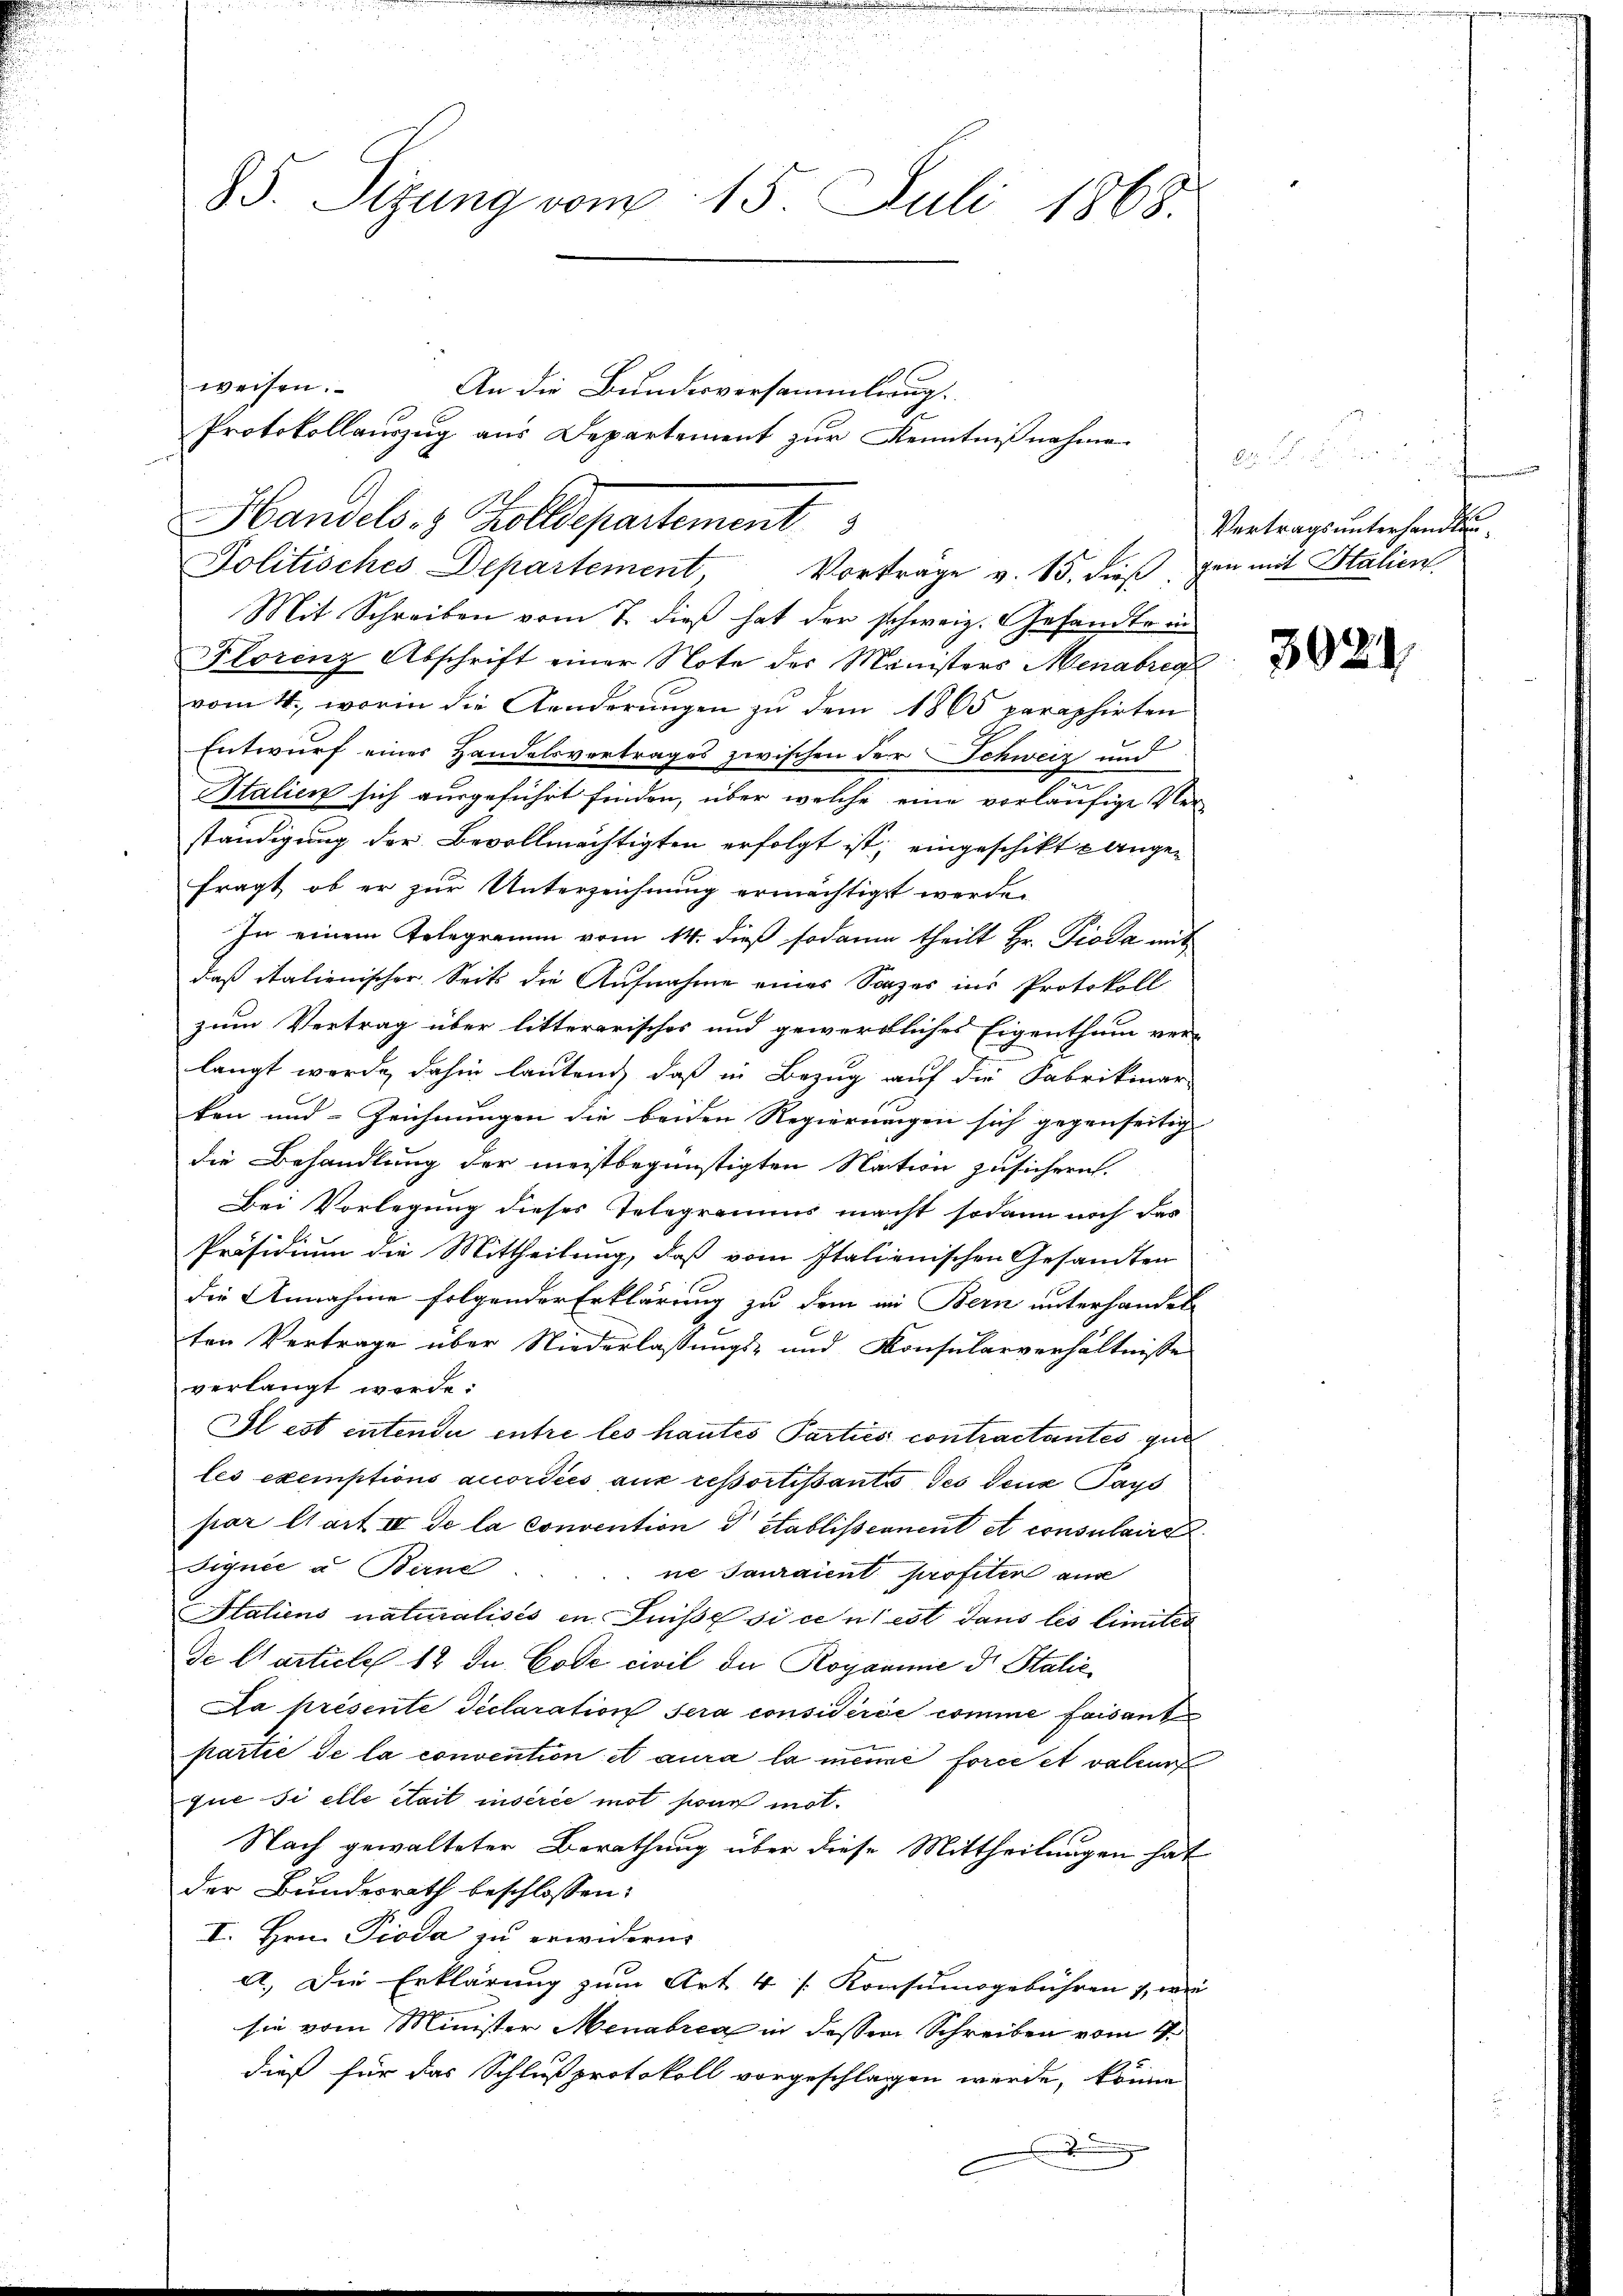
85. Sizung vom 15. Juli 1868.

weisen.

Politisches Departement,
Mit Schreiben vom 7. dieß hat der schweiz. Gesandte in
Plorenz Abschrift einer Note des Ministers Menabreg
vom 4. worin die Aenderŭngen zu dem 1865 paraphirten
Entwurf eines Handelsvertrages zwischen der Schweiz und
Italien sich ausgeführt finden, über welche eine vorläufige Ver-
ständigung der Bevollmächtigten erfolgt ist, eingeschikt angefragt, ob er zur Unterzeichnung ermächtigt werde.
In einem Telegramm vom 14. dieß sodann theilt Hr. Pioda mit
daß italienischer Seits die Aufnahme eines Saches ins Protokoll
zum Vertrag über littererisches und gewerbliches Eigenthum ver-
langt werde, dahin lautend, daß in Bezug auf die Fabrikinar-
ken und Zeichnungen die beiden Regierungen sich gegenseitig
die Behandlung der meistbegünstigten Nation zusichern.
Bei Vorlegung dieses Telegramms macht sodann noch das
Präsidium die Mittheilung, daß vom Italienischen Gesandten
die Annahme folgender Erklärung zu dem in Bern unterhandel
ten Vertrage über Niederlassungs- und Konsularverhältnisse
verlangt werde.
Il est entendii entre les hautes Parties contractantes gut
les exemptions anordies aus ressortissantis des deux Pays
par Mart IV de la convention d établissennent et consulaire
dignie u. Band
ne Jauraient profiter aus
Italiens naturalisés in Luise si ce n’est dans les limites
de Charticle 12 du Code civil da Royaminie dr Stalie
Da présente Declaration sera considérée comme faisant
partie de la convention et aura la meine force et valeur
que si elle était insérée mot hier mit¬
Nach gewalteter Berathung über diese Mittheilungen hat
der Bundesrath beschlossen:
I. Hrn. Pioda zu erwiderne
a. Die Erklärung zum Art. 4 [Konsumsgebühren 1, wei
sie vom Minister Menabrea in dessen Schreiben vom 4.
dieß für das Schlußprotokoll vorgeschlagen werde, könne
.

An die Bundesversammlung.
Protokollauszug aus Departement zur Kenntnißnahme
Handels- & Zolldepartement
Vortrage v. 15. dieß gen mit Italien.

Vertrags unterhandlun¬

3024